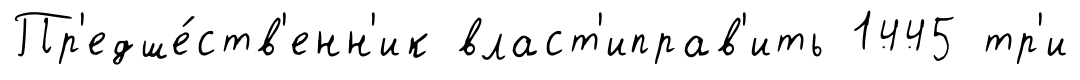
Пр'едше́ств'енн'ик власт'иправ'ить 1445 тр'и